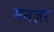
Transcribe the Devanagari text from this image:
मनज़र